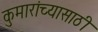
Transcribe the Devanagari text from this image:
कुमारांच्यासाठी